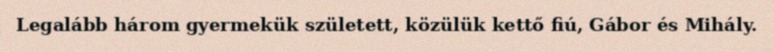
Legalább három gyermekük született, közülük kettő fiú, Gábor és Mihály.